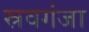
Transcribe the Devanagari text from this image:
स्रवगंजा